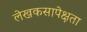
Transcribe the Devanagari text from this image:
लेखकसापेक्षता